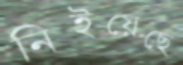
নিইয়েছে